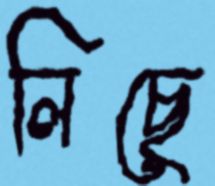
লিছে